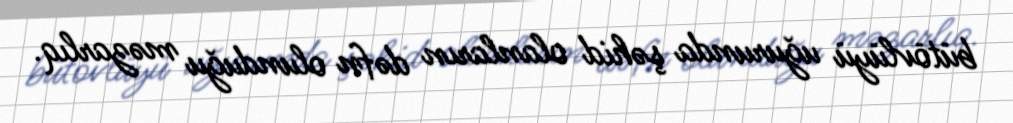
bütövlüyü uğurunda şəhid olanların dəfn olunduğu məzarlıq.